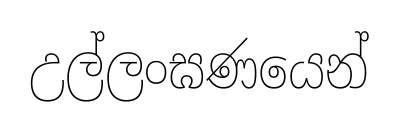
උල්ලංඝණයෙන්